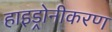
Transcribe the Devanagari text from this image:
हाइड्रोनीकरण